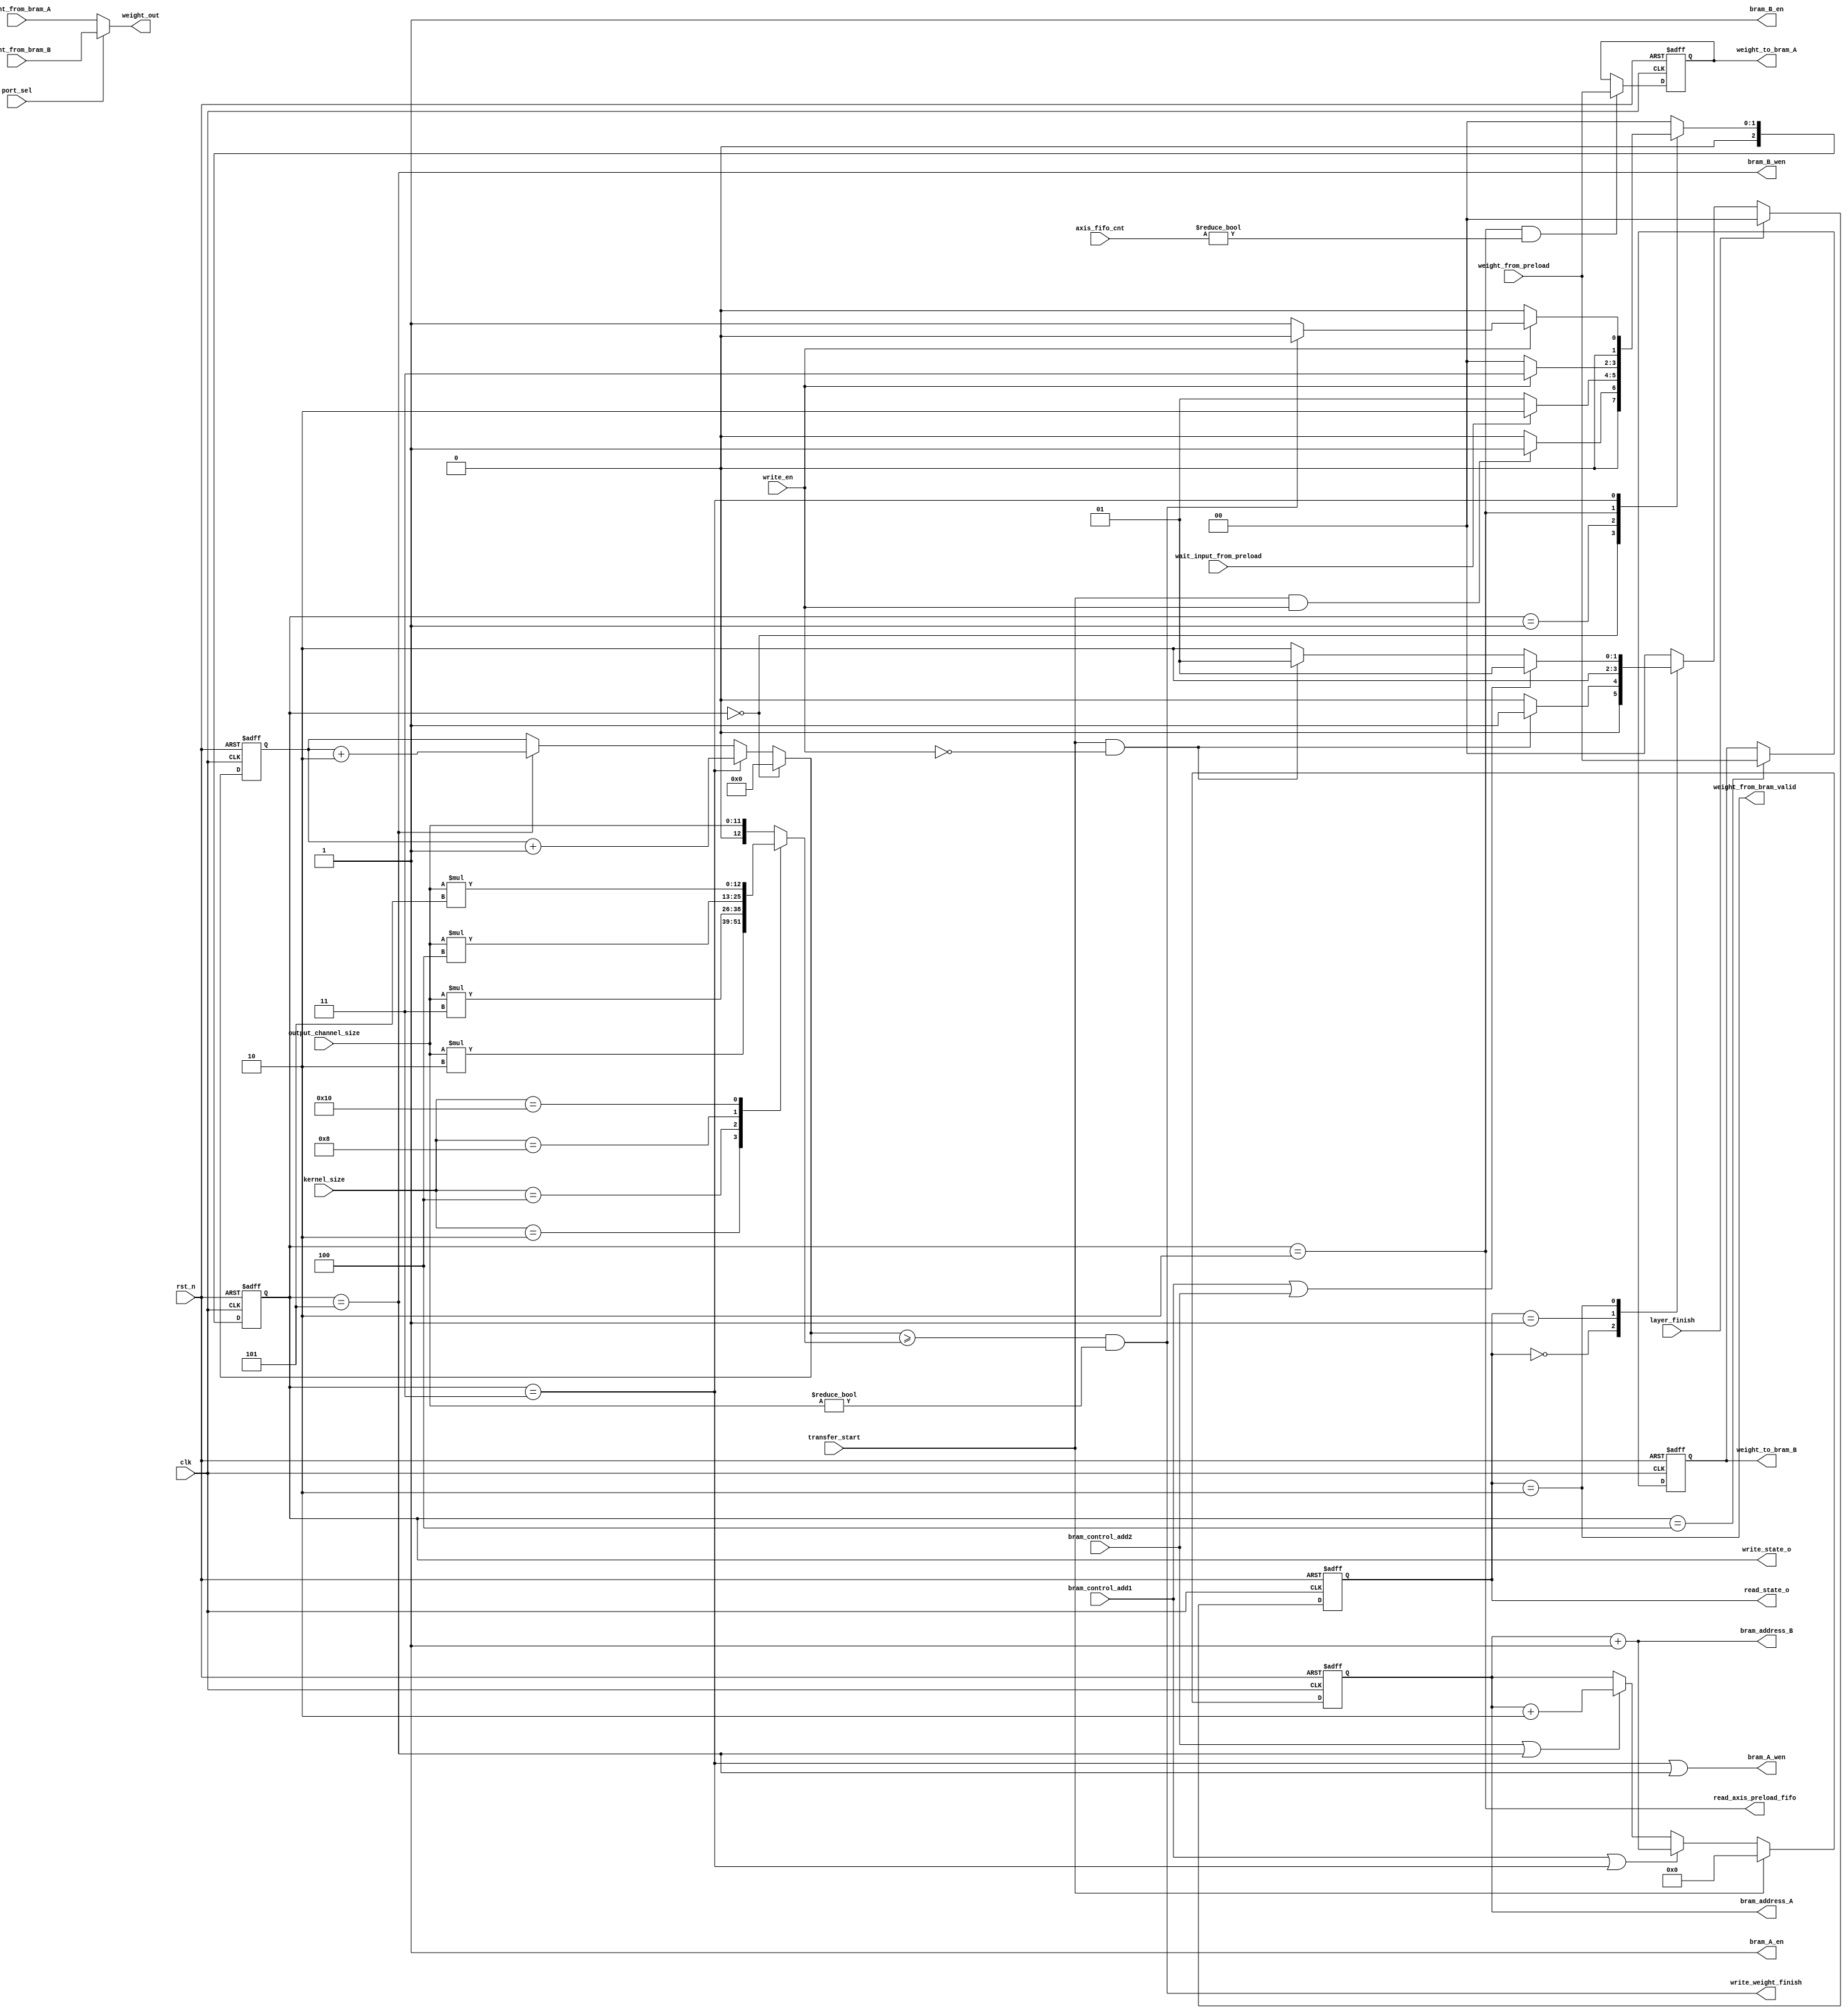
// This program was cloned from: https://github.com/space789/BNN-Hardware-accelerator
// License: MIT License

/*
	module  weight_bram_control

	input   weight_from_axis_preloadControl Signal

	output  weight_from_BRAM
	
	BRAM_Controler AXIS_preloaddataBRAMcontrol signalFSM2cycle
    
*/
`timescale  10ns / 10ns

module weight_bram_control #(
    parameter integer MAC_NUM = 256,
    parameter integer BRAM_ADDRESS_WIDTH = 12,
    parameter AXIS_PRELOAD_FIFO_DEPTH  = 4,
    parameter bit_num  = 2
    // parameter bit_num  = clogb2(AXIS_PRELOAD_FIFO_DEPTH-1)
)
(
    //golbal
    input wire clk,
    input wire rst_n,

    //data
    input wire [5*MAC_NUM-1:0] weight_from_preload,

    input wire [5*MAC_NUM-1:0] weight_from_bram_A,
    input wire [5*MAC_NUM-1:0] weight_from_bram_B,

    output wire [5*MAC_NUM-1:0] weight_out,

    output reg [5*MAC_NUM-1:0] weight_to_bram_A,
    output reg [5*MAC_NUM-1:0] weight_to_bram_B,
    
    output reg [BRAM_ADDRESS_WIDTH-1:0] bram_address_A,
    output wire [BRAM_ADDRESS_WIDTH-1:0] bram_address_B,

    output wire bram_A_en,
    output wire bram_B_en,

    output wire bram_A_wen,
    output wire bram_B_wen,
    
    //FSM output
    output wire [1:0] read_state_o,
    output wire [2:0] write_state_o,

    //control in
    input wire [4:0] kernel_size,
    input wire [11:0] output_channel_size,
    input wire write_en,//
    input wire [bit_num:0] axis_fifo_cnt,
    input wire transfer_start,
    input wire bram_control_add1,
    input wire bram_control_add2,
    input wire port_sel,

    input wire wait_input_from_preload,

    input wire layer_finish,
    //control out
    output wire weight_from_bram_valid,
    output wire read_axis_preload_fifo,
    output wire write_weight_finish

);
    function integer clogb2 (input integer bit_depth);
	  begin
	    for(clogb2=0; bit_depth>0; clogb2=clogb2+1)
	      bit_depth = bit_depth >> 1;
	  end
	endfunction

    localparam RIDLE=2'd0,RS0=2'd1,RS1=2'd2,RVALID=2'd3;
    localparam WIDLE=3'd0,WWAITWEIGHT=3'd1,WS0=3'd2,WVALID1=3'd3,WS1=3'd4,WVALID2=3'd5;
    
    reg [1:0] read_state;
    reg [2:0] write_state;

    reg [12:0] write_bram_num;
    reg [12:0] write_bram_cnt;
    reg [12:0] next_write_bram_cnt;

    assign read_state_o  = read_state;
    assign write_state_o = write_state;

    assign write_weight_finish=((next_write_bram_cnt>=write_bram_num) && (output_channel_size != 12'd0));

    assign read_axis_preload_fifo=(write_state == WS0);

    assign bram_A_en=1;
    assign bram_B_en=1;

    assign bram_A_wen=(write_state==WVALID1 || write_state==WVALID2);
    assign bram_B_wen=(write_state==WVALID2);

    assign weight_from_bram_valid=(read_state==RS1);
    assign weight_out=(port_sel) ? weight_from_bram_B:weight_from_bram_A;

    assign bram_address_B = bram_address_A+1;
    always @(posedge clk or negedge rst_n) begin
        if(!rst_n) begin
            bram_address_A<=0;
        end
        else begin
            if(transfer_start) begin
                bram_address_A<=0;
            end
            else if(bram_control_add1 || write_state==WVALID1) begin
                bram_address_A<=bram_address_A+1;
            end
            else if(bram_control_add2 || write_state==WVALID2) begin
                bram_address_A<=bram_address_A+2;
            end
        end
    end
    
    //read FSM
    wire read_FSM_start;
    assign read_FSM_start=(transfer_start && (~write_en));
    always @(posedge clk or negedge rst_n) begin
        if(!rst_n) begin
            read_state<=RIDLE;
        end
        else if(layer_finish) begin
            read_state<=RIDLE;
        end
        else begin
            case (read_state)
                RIDLE:    read_state<=read_FSM_start ? RS0:RIDLE;
                RS0:      read_state<=RS1;
                RS1:      read_state<=(bram_control_add1 || bram_control_add2) ? RS0:
                                      (read_FSM_start) ? RS0:RS1;
                default:  read_state<=RIDLE;         
            endcase
        end
    end

    //write FSM
    wire write_FSM_start;
    assign write_FSM_start=(transfer_start && (write_en));
    always @(posedge clk or negedge rst_n) begin
        if(!rst_n) begin
            write_state<=WIDLE;
        end
        else begin
            case (write_state)
                WIDLE       : write_state <= write_FSM_start ? WWAITWEIGHT :WIDLE;
                WWAITWEIGHT : write_state <= (wait_input_from_preload) ? WS0:WWAITWEIGHT;
                WS0         : write_state <= (!write_en) ? WIDLE:WVALID1;                                   
                WVALID1     : write_state <= (!write_en) ? WIDLE:(write_weight_finish ? WIDLE:WWAITWEIGHT);
                default     : write_state <= WIDLE;         
            endcase
        end
    end

    always @(posedge clk or negedge rst_n) begin
        if(!rst_n) begin
            weight_to_bram_A<=0;
        end
        else begin
            weight_to_bram_A<=(write_state==WS0 && axis_fifo_cnt!=0) ? weight_from_preload:weight_to_bram_A;
        end
    end

    always @(posedge clk or negedge rst_n) begin
        if(!rst_n) begin
            weight_to_bram_B<=0;
        end
        else begin
            weight_to_bram_B<=(write_state==WS1) ? weight_from_preload:weight_to_bram_B;
        end
    end


    //write_bram_cnt
    always @(*) begin
        case(kernel_size)
            5'b00001:write_bram_num=output_channel_size;
            5'b00010:write_bram_num=output_channel_size*2;
            5'b00100:write_bram_num=output_channel_size*3;
            5'b01000:write_bram_num=output_channel_size*4;
            5'b10000:write_bram_num=output_channel_size*5;
            default :write_bram_num=output_channel_size;
        endcase
    end

    always @(*) begin
        next_write_bram_cnt=(write_state==WIDLE)   ? 0:
                            (write_state==WVALID1) ? write_bram_cnt+1:
                            (write_state==WVALID2) ? write_bram_cnt+2:write_bram_cnt;
    end

    always @(posedge clk or negedge rst_n) begin
        if(!rst_n) begin
            write_bram_cnt<=0;
        end
        else begin
            write_bram_cnt<=next_write_bram_cnt;
        end
    end

endmodule